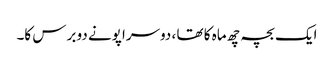
ایک بچہ چھ ماہ کا تھا ، دوسرا پونے دو برس کا۔